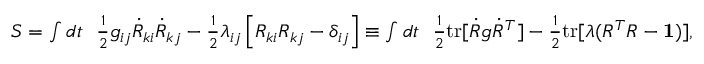
\begin{array} { r } { S = \int d t ~ ~ \frac 1 2 g _ { i j } \dot { R } _ { k i } \dot { R } _ { k j } - \frac 1 2 \lambda _ { i j } \left[ R _ { k i } R _ { k j } - \delta _ { i j } \right] \equiv \int d t ~ ~ \frac 1 2 \mathrm { t r } [ { \dot { R } g \dot { R } ^ { T } ] - \frac 1 2 \mathrm { t r } [ \lambda ( R ^ { T } R - { \bf 1 } ) } ] , } \end{array}